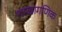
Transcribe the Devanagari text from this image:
शाखागणिक